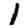
Digit: 1